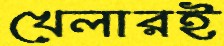
খেলারই